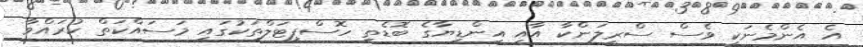
އެ އެންމެނަކީ ވެސް ސްރީލަންކާ އާއި އިންޑިޔާގެ ބޮޑެތި ހޮސްޕިޓަލްތަކުގައި މަސައްކަތް ކުރައްވާ